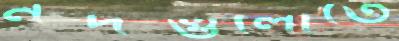
নদগুলোতে